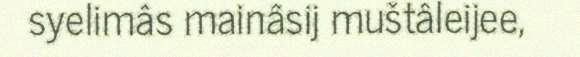
syelimâs mainâsij muštâleijee,